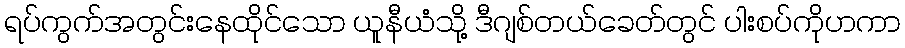
ရပ်ကွက်အတွင်းနေထိုင်သော ယူနီယံသို့ ဒီဂျစ်တယ်ခေတ်တွင် ပါးစပ်ကိုဟကာ